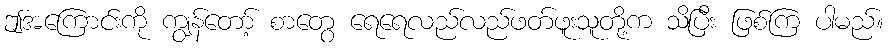
ဤအကြောင်းကို ကျွန်တော့် စာတွေ ရေရေလည်လည်ဖတ်ဖူးသူတို့က သိပြီး ဖြစ်ကြ ပါမည်။